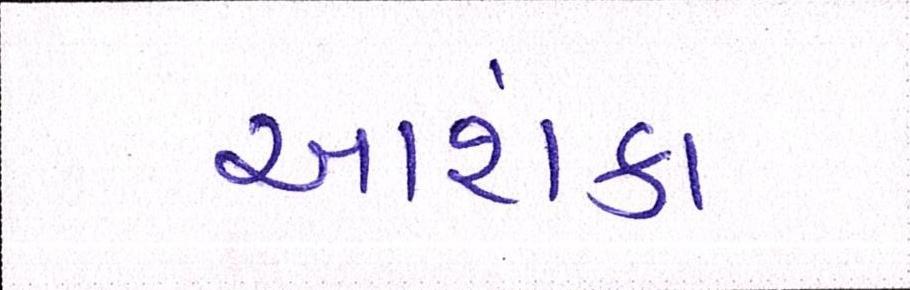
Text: આશંકા